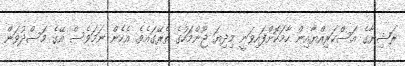
ރަޝިޔާގެ އަސްކަރިއްޔާއިން ހާމަކޮށްފައިވަނީ މިދިޔަ ޖޫންމަހުގެ ތެރޭގައެވެ. އެހެން ނަމަވެސް އޭގެ މަސްދުވަން